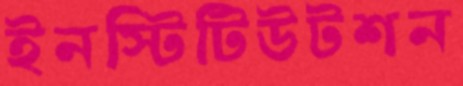
ইনস্টিটিউটশন